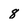
Character: 8